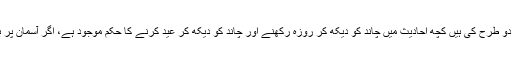
اس سلسلے میں جو احادیث مبارکہ پیش کی جاتی ہیں وہ دو طرح کی ہیں کچھ احادیث میں چاند کو دیکھ کر روزہ رکھنے اور چاند کو دیکھ کر عید کرنے کا حکم موجود ہے، اگر آسمان پر بادل ہوں تو اس کے احکامات علیحدہ ذکر کیے گئے ہیں۔